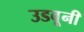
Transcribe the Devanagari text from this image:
उडवूनी